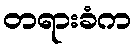
တရားခံက